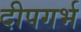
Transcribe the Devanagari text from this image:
दीपगर्भ